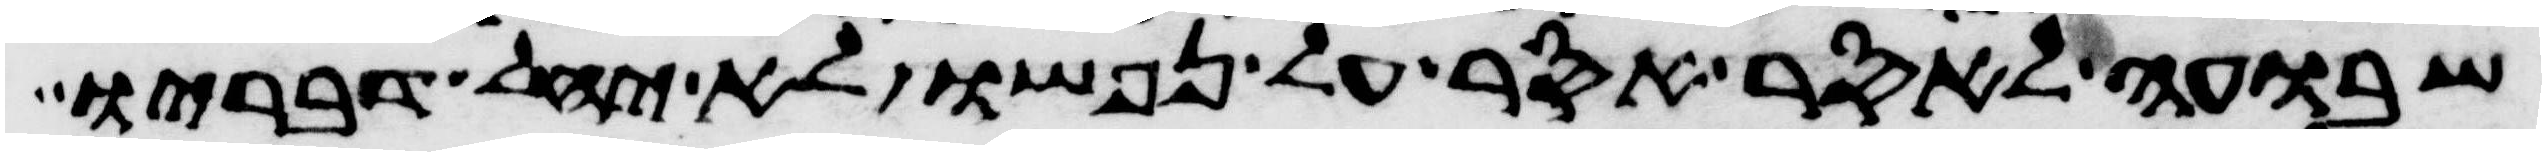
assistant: שבועה לאסר אסר על נפשו לא יחל דבריו